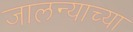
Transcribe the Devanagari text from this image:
जालन्याच्या